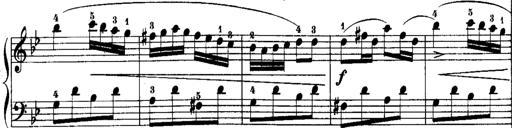
Title: Rondos and Sonatinas for Pianoforte
Composer: Daniel Steibelt